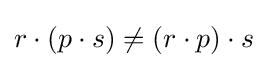
r\cdot (p\cdot s)\neq (r\cdot p)\cdot s